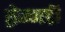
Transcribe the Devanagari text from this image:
ह्वेन्गडी